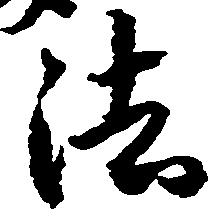
法